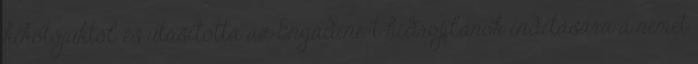
kikötőjüktől és utasította az Engadine-t hidroplánok indítására a német